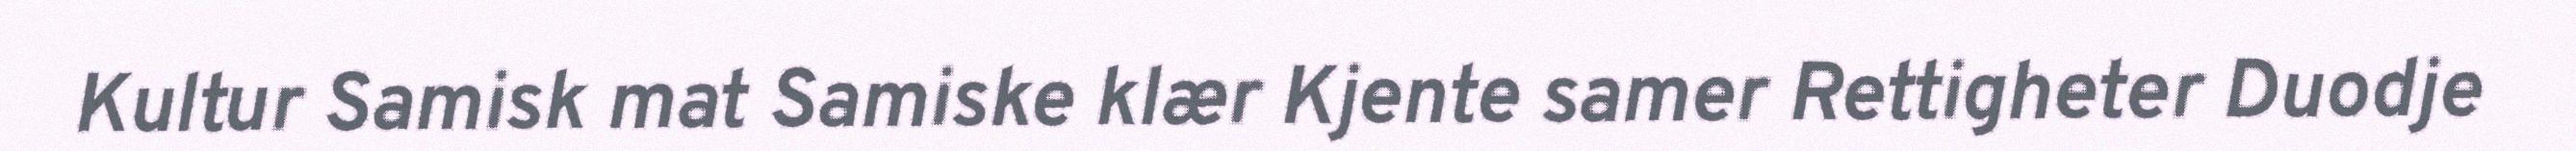
Kultur Samisk mat Samiske klær Kjente samer Rettigheter Duodje